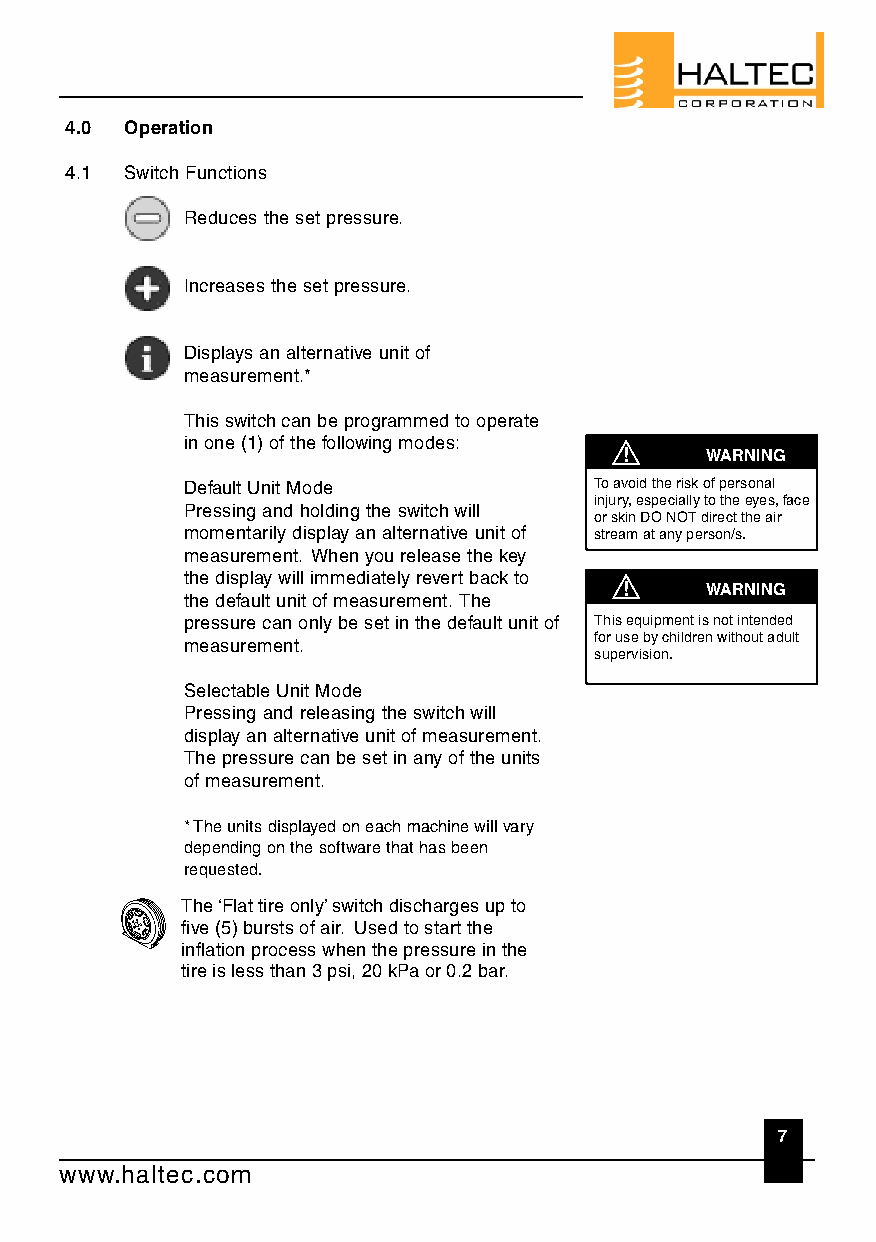
4.0 Operation
 4.1 Switch Functions
 Reduces the set pressure.
 Increases the set pressure.
 Displays an alternative unit of
 measurement.*
 This switch can be programmed to operate
 in one (1) of the following modes:
 !     WARNING
 Default Unit Mode          To avoid the risk of personal
 injury, especially to the eyes, face
 Pressing and holding the switch will
 or skin DO NOT direct the air
 momentarily display an alternative unit of stream at any person/s.
 measurement. When you release the key
 the display will immediately revert back to
 !     WARNING
 the default unit of measurement. The
 pressure can only be set in the default unit of This equipment is not intended
 for use by children without adult
 measurement.
 supervision.
 Selectable Unit Mode
 Pressing and releasing the switch will
 display an alternative unit of measurement.
 The pressure can be set in any of the units
 of measurement.
 * The units displayed on each machine will vary
 depending on the software that has been
 requested.
 The ‘Flat tire only’ switch discharges up to
 five (5) bursts of air. Used to start the
 inflation process when the pressure in the
 tire is less than 3 psi, 20 kPa or 0.2 bar.
 7
 www.haltec.com